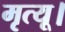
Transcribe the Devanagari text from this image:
मृत्यू।